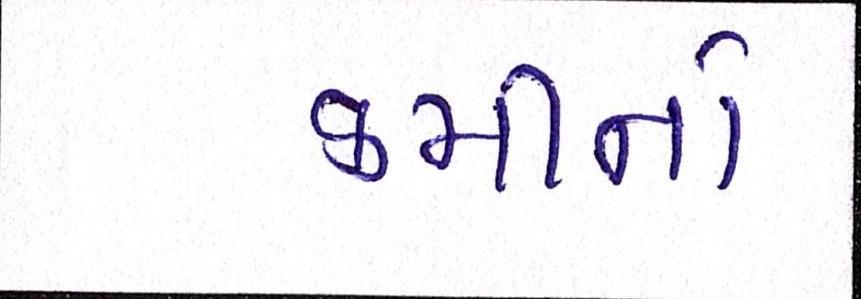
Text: કમીનો